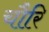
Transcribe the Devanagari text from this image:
चौरि